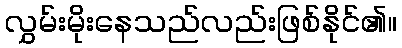
လွှမ်းမိုးနေသည်လည်းဖြစ်နိုင်၏။